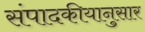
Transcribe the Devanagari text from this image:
संपादकीयानुसार